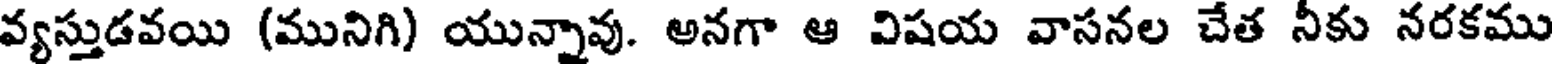
వ్యస్తుడవయి (మునిగి) యున్నావు. అనగా ఆ విషయ వాసనల చేత నీకు నరకము